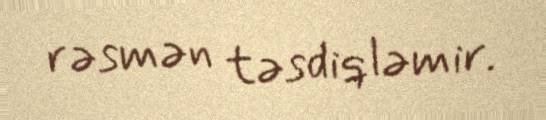
rəsmən təsdiqləmir.